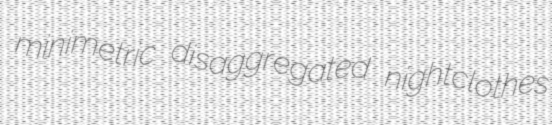
minimetric disaggregated nightclothes